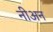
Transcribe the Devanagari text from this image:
नीअन